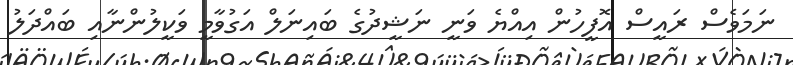
ނަމަވެސް ރައީސް އޮފީހުން އިއްޔެ ވަނީ ނަޝީދުގެ ބައިނަލް އަގުވާމީ ވަކީލުންނާއި ބައްދަލު